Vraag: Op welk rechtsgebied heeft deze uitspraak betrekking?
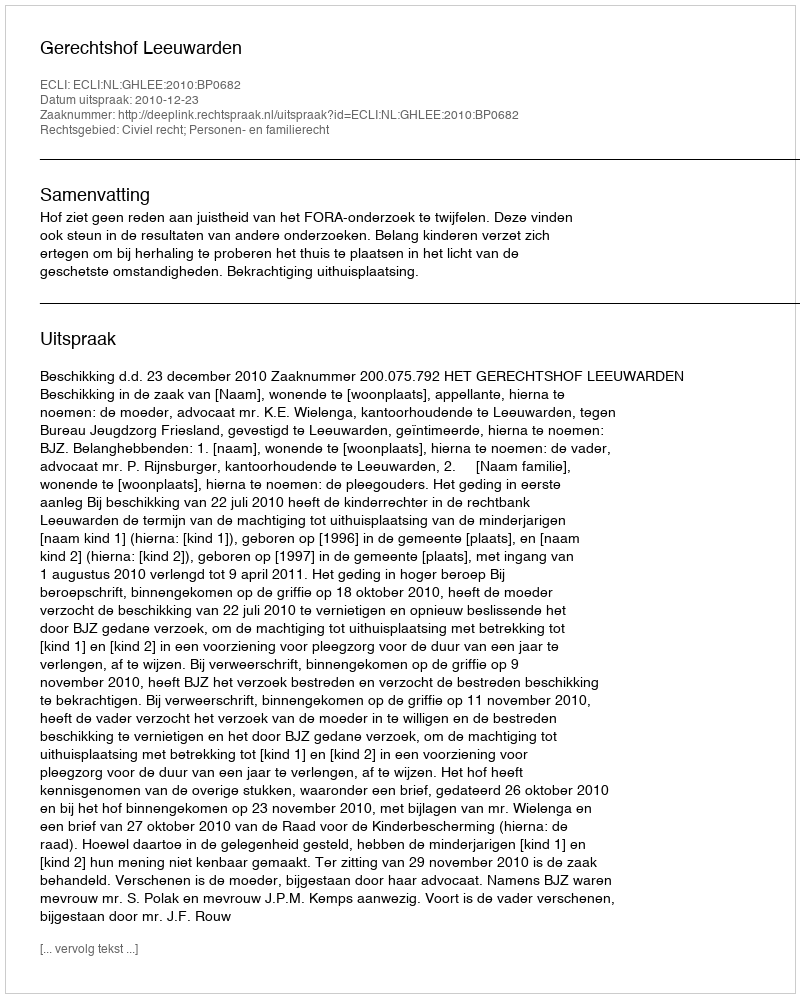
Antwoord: Civiel recht; Personen- en familierecht